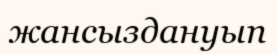
жансыздануып